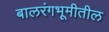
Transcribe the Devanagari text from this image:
बालरंगभूमीतील